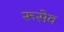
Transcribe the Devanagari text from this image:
रूसेव